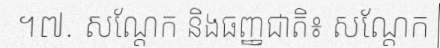
។៧. សណ្តែក និងធញ្ញជាតិ៖ សណ្តែក